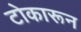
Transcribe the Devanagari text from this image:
टोकारून